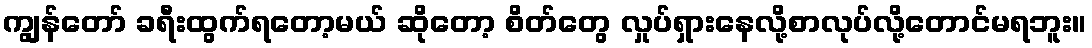
ကျွန်တော် ခရီးထွက်ရတော့မယ် ဆိုတော့ စိတ်တွေ လှုပ်ရှားနေလို့စာလုပ်လို့တောင်မရဘူး။